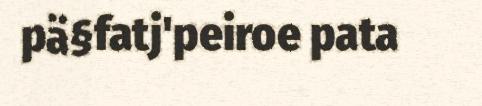
pä§fatj'peiroe pata